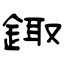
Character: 鋷